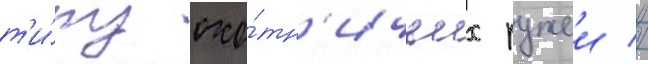
т'и́пу охо́тн'ичьих ружеи //